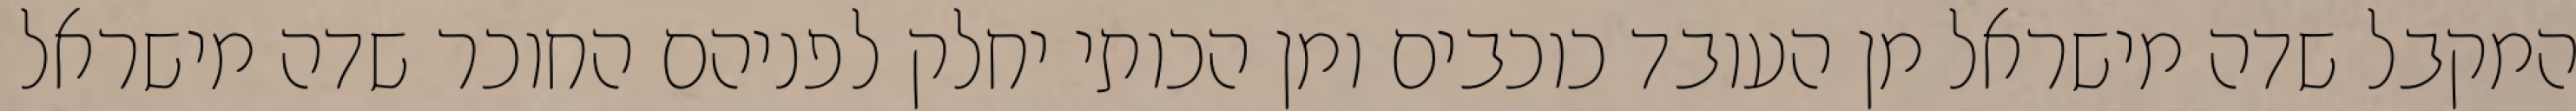
המקבל שדה מישראל מן העובד כוכבים ומן הכותי יחלק לפניהם החוכר שדה מישראל